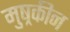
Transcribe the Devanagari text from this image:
मुष्रकीन